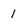
Character: 1